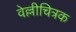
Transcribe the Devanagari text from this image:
वेल्लीचित्रक